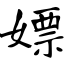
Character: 嫖